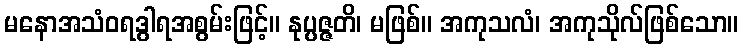
မနောအသံဝရဒွါရအစွမ်းဖြင့်။ နုပ္ပဇ္ဇတိ၊ မဖြစ်။ အကုသလံ၊ အကုသိုလ်ဖြစ်သော။